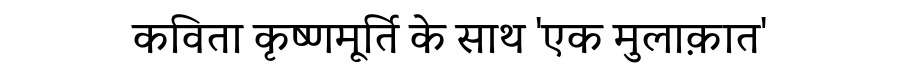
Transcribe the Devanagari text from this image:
कविता कृष्णमूर्ति के साथ 'एक मुलाक़ात'